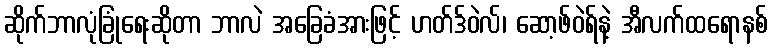
ဆိုက်ဘာလုံခြုံရေးဆိုတာ ဘာလဲ အခြေခံအားဖြင့် ဟတ်ဒ်ဝဲလ်၊ ဆော့ဖ်ဝဲရ်နဲ့ အီလက်ထရောနစ်